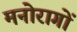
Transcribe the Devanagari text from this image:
मनोरागों